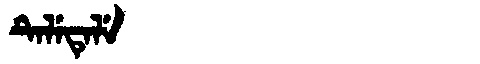
Manchu: ᡨᡝᠯᡝᡨᡝᠯᡝ
Romanization: TELETELE